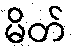
မိတ်